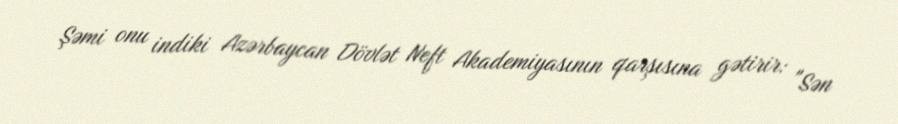
Şəmi onu indiki Azərbaycan Dövlət Neft Akademiyasının qarşısına gətirir: "Sən